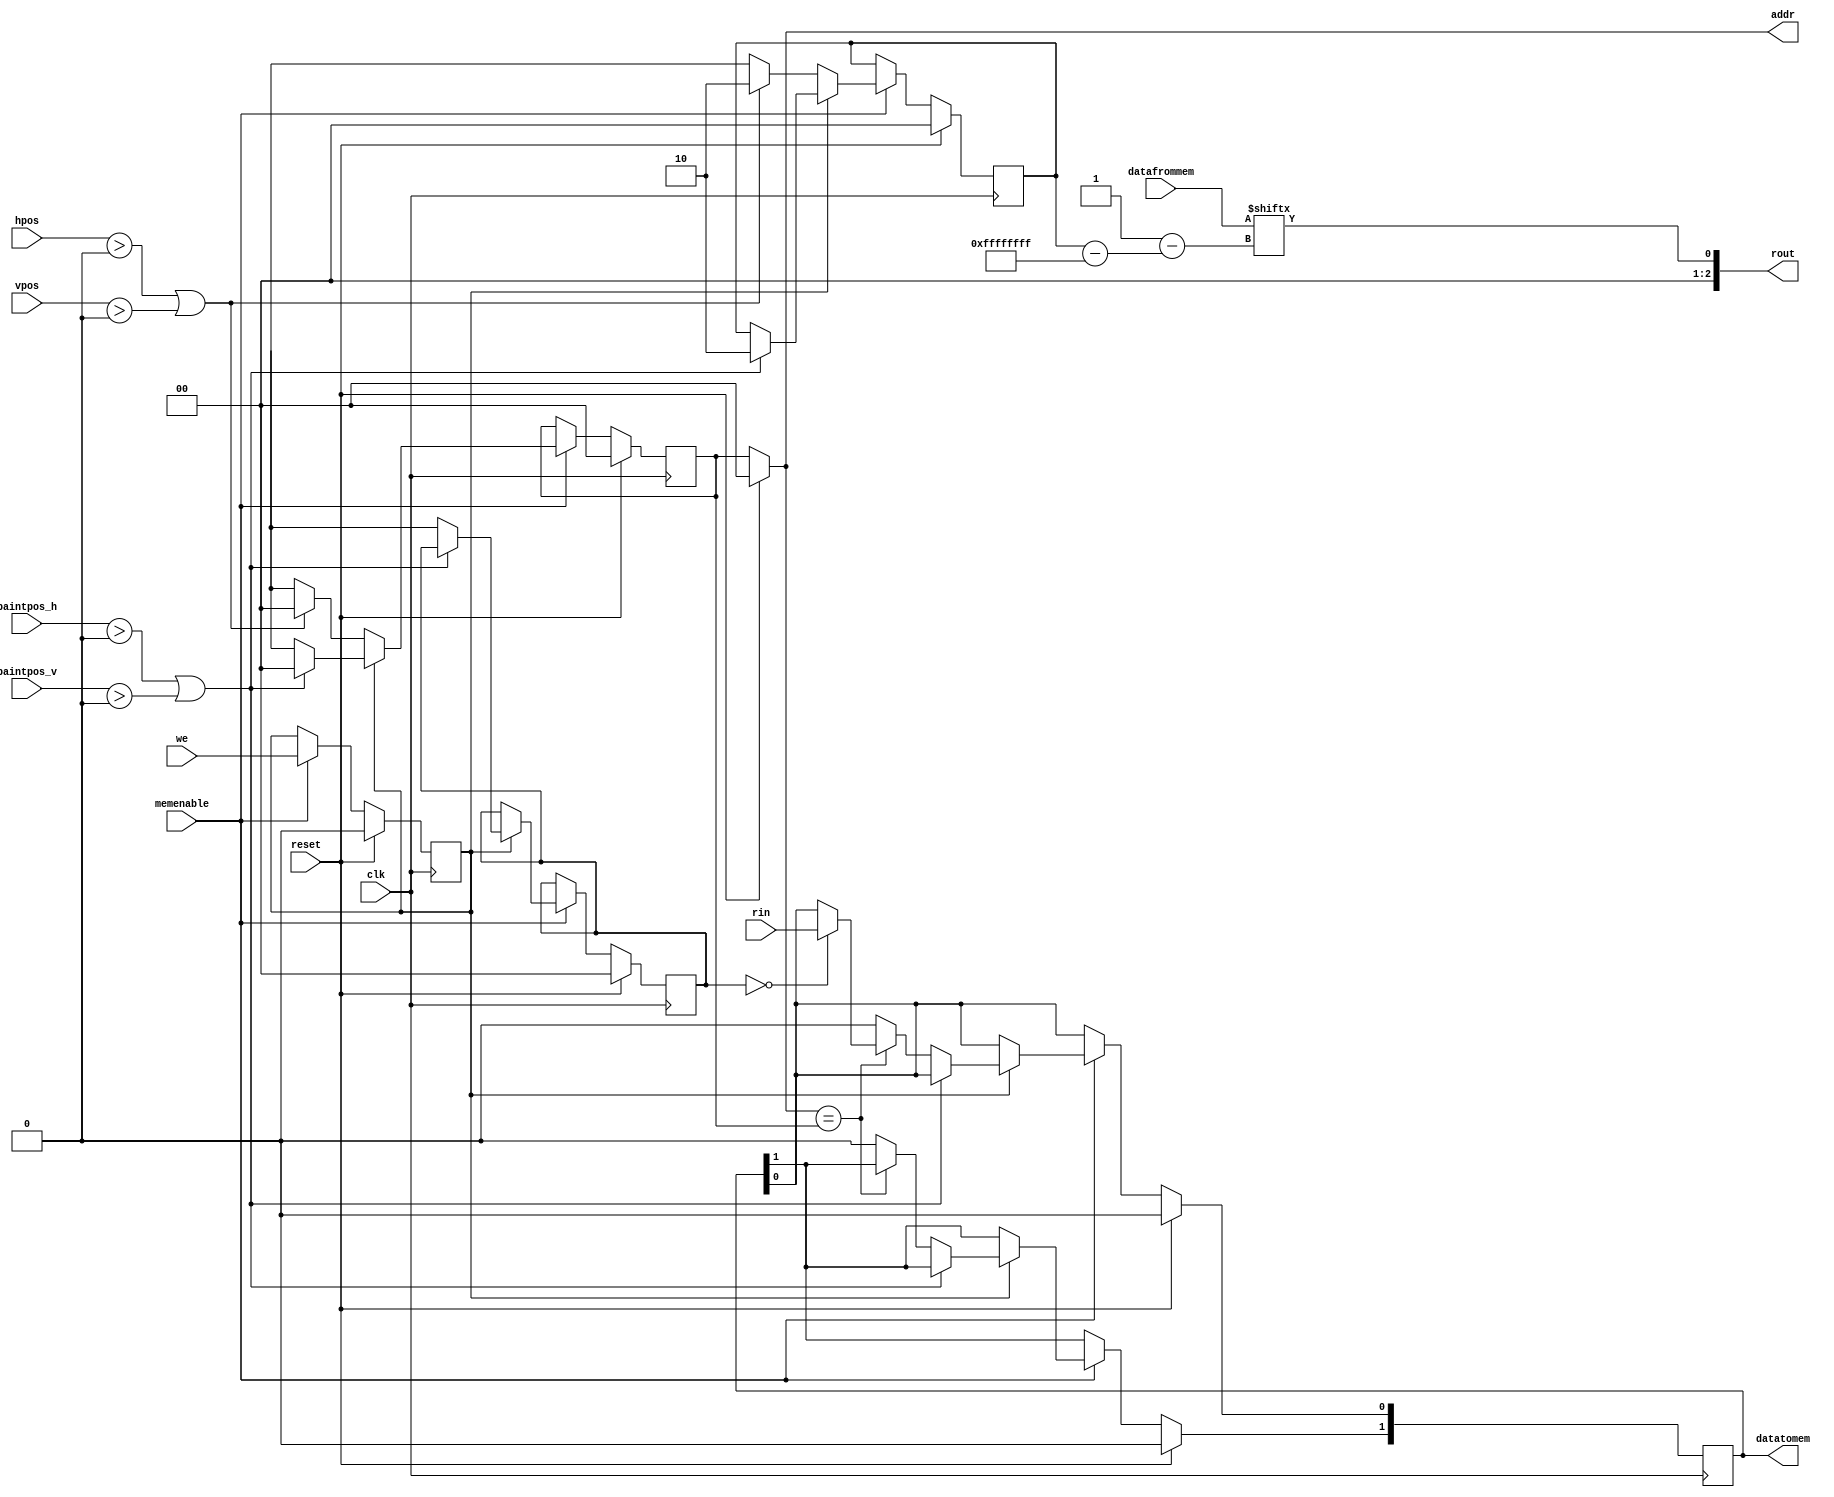
module other_memcoderdecoder 
#(
	parameter 
				 RESOLUTION_H=0,
				 RESOLUTION_V=0,
				 RAM_RESOLUTION_H=0, // number of RAM regs in a row
				 //every RAM-bit's state defines RES_MULTIPLIER real pixels on screen
				 DATA_WIDTH = 0,
				 //every register in RAM carries DATA_WIDTH RAM-bits in it
				 RAM_INITIAL_VALUE=0,
				 X_WIDTH=0,
				 Y_WIDTH=0,
				 ADDR_WIDTH=0
)
(input clk,
 input reset,
 input [X_WIDTH-1:0] hpos ,
 input [Y_WIDTH-1:0] vpos ,
 input [X_WIDTH-1:0] paintpos_h ,
 input [Y_WIDTH-1:0] paintpos_v ,
 input [DATA_WIDTH-1:0] datafrommem,
 input rin,
 input we,
 input memenable,
		 
 output [2:0]rout,
 output [DATA_WIDTH-1:0] datatomem,
 output [ADDR_WIDTH-1:0] addr // addr width is ln(RAMLENGTH)/ln(2)
);
	localparam RES_MULTIPLIER=RESOLUTION_H/RAM_RESOLUTION_H,
				  DATASELECT_WIDTH= $clog2 (DATA_WIDTH);

reg [ADDR_WIDTH-1:0] addrreg,addregcheck; //addreg=ln(RAMDEPTH)/ln(2)
//one register for calculating RAM reg number and another reg for detecting register change
reg [DATASELECT_WIDTH-1:0] dataselect_r = 0;	 // reg for extraction of needed bit out of 6-bit word during the read
reg [DATASELECT_WIDTH-1:0] dataselect_w = 0;	 // reg for injecting needed bit in RAM word during the write
reg [DATA_WIDTH-1:0] databuf = RAM_INITIAL_VALUE; //reg for preparing RAM word for write
reg webuf=0; //reg for holding write enable value


always@ (posedge clk) begin
if(reset) begin 
databuf=RAM_INITIAL_VALUE;
dataselect_r=0;
dataselect_w=0;
webuf=0;
addrreg=0;
end
else if(memenable) begin
	webuf<=we;
	//Read from memory
	if(~webuf) begin
		if((hpos>RESOLUTION_H)||(vpos>RESOLUTION_V)) begin 
		//Ensure that memory requests are in proper limits
		
		addrreg <= 0;
		
		dataselect_r <= 'd6;
		
		end else begin
		
		addrreg <= (hpos/RES_MULTIPLIER)+80*(vpos/(RES_MULTIPLIER*DATA_WIDTH));

		dataselect_r <= vpos%DATA_WIDTH;
		 
		end
	//Write to memory
	end else if(webuf) begin
		if((paintpos_h>RESOLUTION_H)||(paintpos_v>RESOLUTION_V)) begin
		
		addrreg <= 0;
		
		dataselect_r <= 'd6;
		
		end else begin
		
		//Write to memory
		addrreg <= (paintpos_h/RES_MULTIPLIER)+80*(paintpos_v/(RES_MULTIPLIER*DATA_WIDTH));
		
		dataselect_w <= (paintpos_v/RES_MULTIPLIER)%DATA_WIDTH;
		
		if(addregcheck == addrreg) begin //If we write to the same RAM register...
				case (dataselect_w) //...then write in the same databuf(if the databuf value is in range)...
					0: databuf[0]<= rin;
						
						
					3'd1:databuf[1]<= rin;
					3'd2:databuf[2]<= rin;
					3'd3:databuf[3]<= rin;
					3'd4:databuf[4]<= rin;
					3'd5:databuf[5]<= rin;
					default begin 
					databuf<= RAM_INITIAL_VALUE;
					end
				endcase
		end else begin 
					databuf<= RAM_INITIAL_VALUE; //...otherwise refresh databuf
					end
		end

	end
end
end

//	!!!	I dont know why, but if
//"addrreg <= (paintpos_h/RES_MULTIPLIER)+80*(paintpos_v/(RES_MULTIPLIER*DATA_WIDTH));"

//				and

//"addregcheck <= addrreg;" are in the same "always" block, "addregcheck" doesnt work.

always@* begin 
if(reset) begin 
addregcheck=0;
end
else begin
addregcheck <= addrreg;
end
end


//addr to memory
assign addr = addregcheck;

//Read from memory
//Recieve data from memory, then extract rout to vga
assign rout = datafrommem[dataselect_r];

//Write to memory
//Recieve rin from brush, put it in databuf and transfer data to memory
assign datatomem = databuf;


endmodule